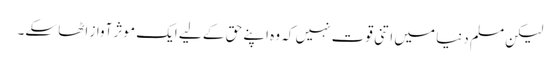
لیکن مسلم دنیا میں اتنی قوت نہیں کہ وہ اپنے حق کے لیے ایک موثر آواز اٹھا سکے۔